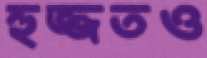
হুজ্জতও